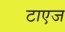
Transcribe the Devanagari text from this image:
टाएज